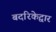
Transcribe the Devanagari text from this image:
बदरिकेद्वार